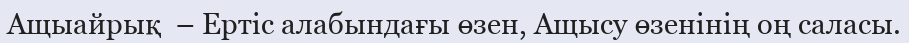
Ащыайрық  – Ертіс алабындағы өзен, Ащысу өзенінің оң саласы.